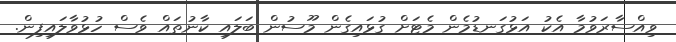
ވިއްސާރަވުމާ އެކު އަޅުގަނޑުމެން މެޓަށް ގުޅައިގެން މޫސުން ބަލައި ކާނުތައް ވެސް ހުޅުވާލައިފިން.